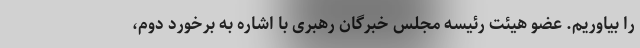
را بیاوریم. عضو هیئت رئیسه مجلس خبرگان رهبری با اشاره به برخورد دوم،